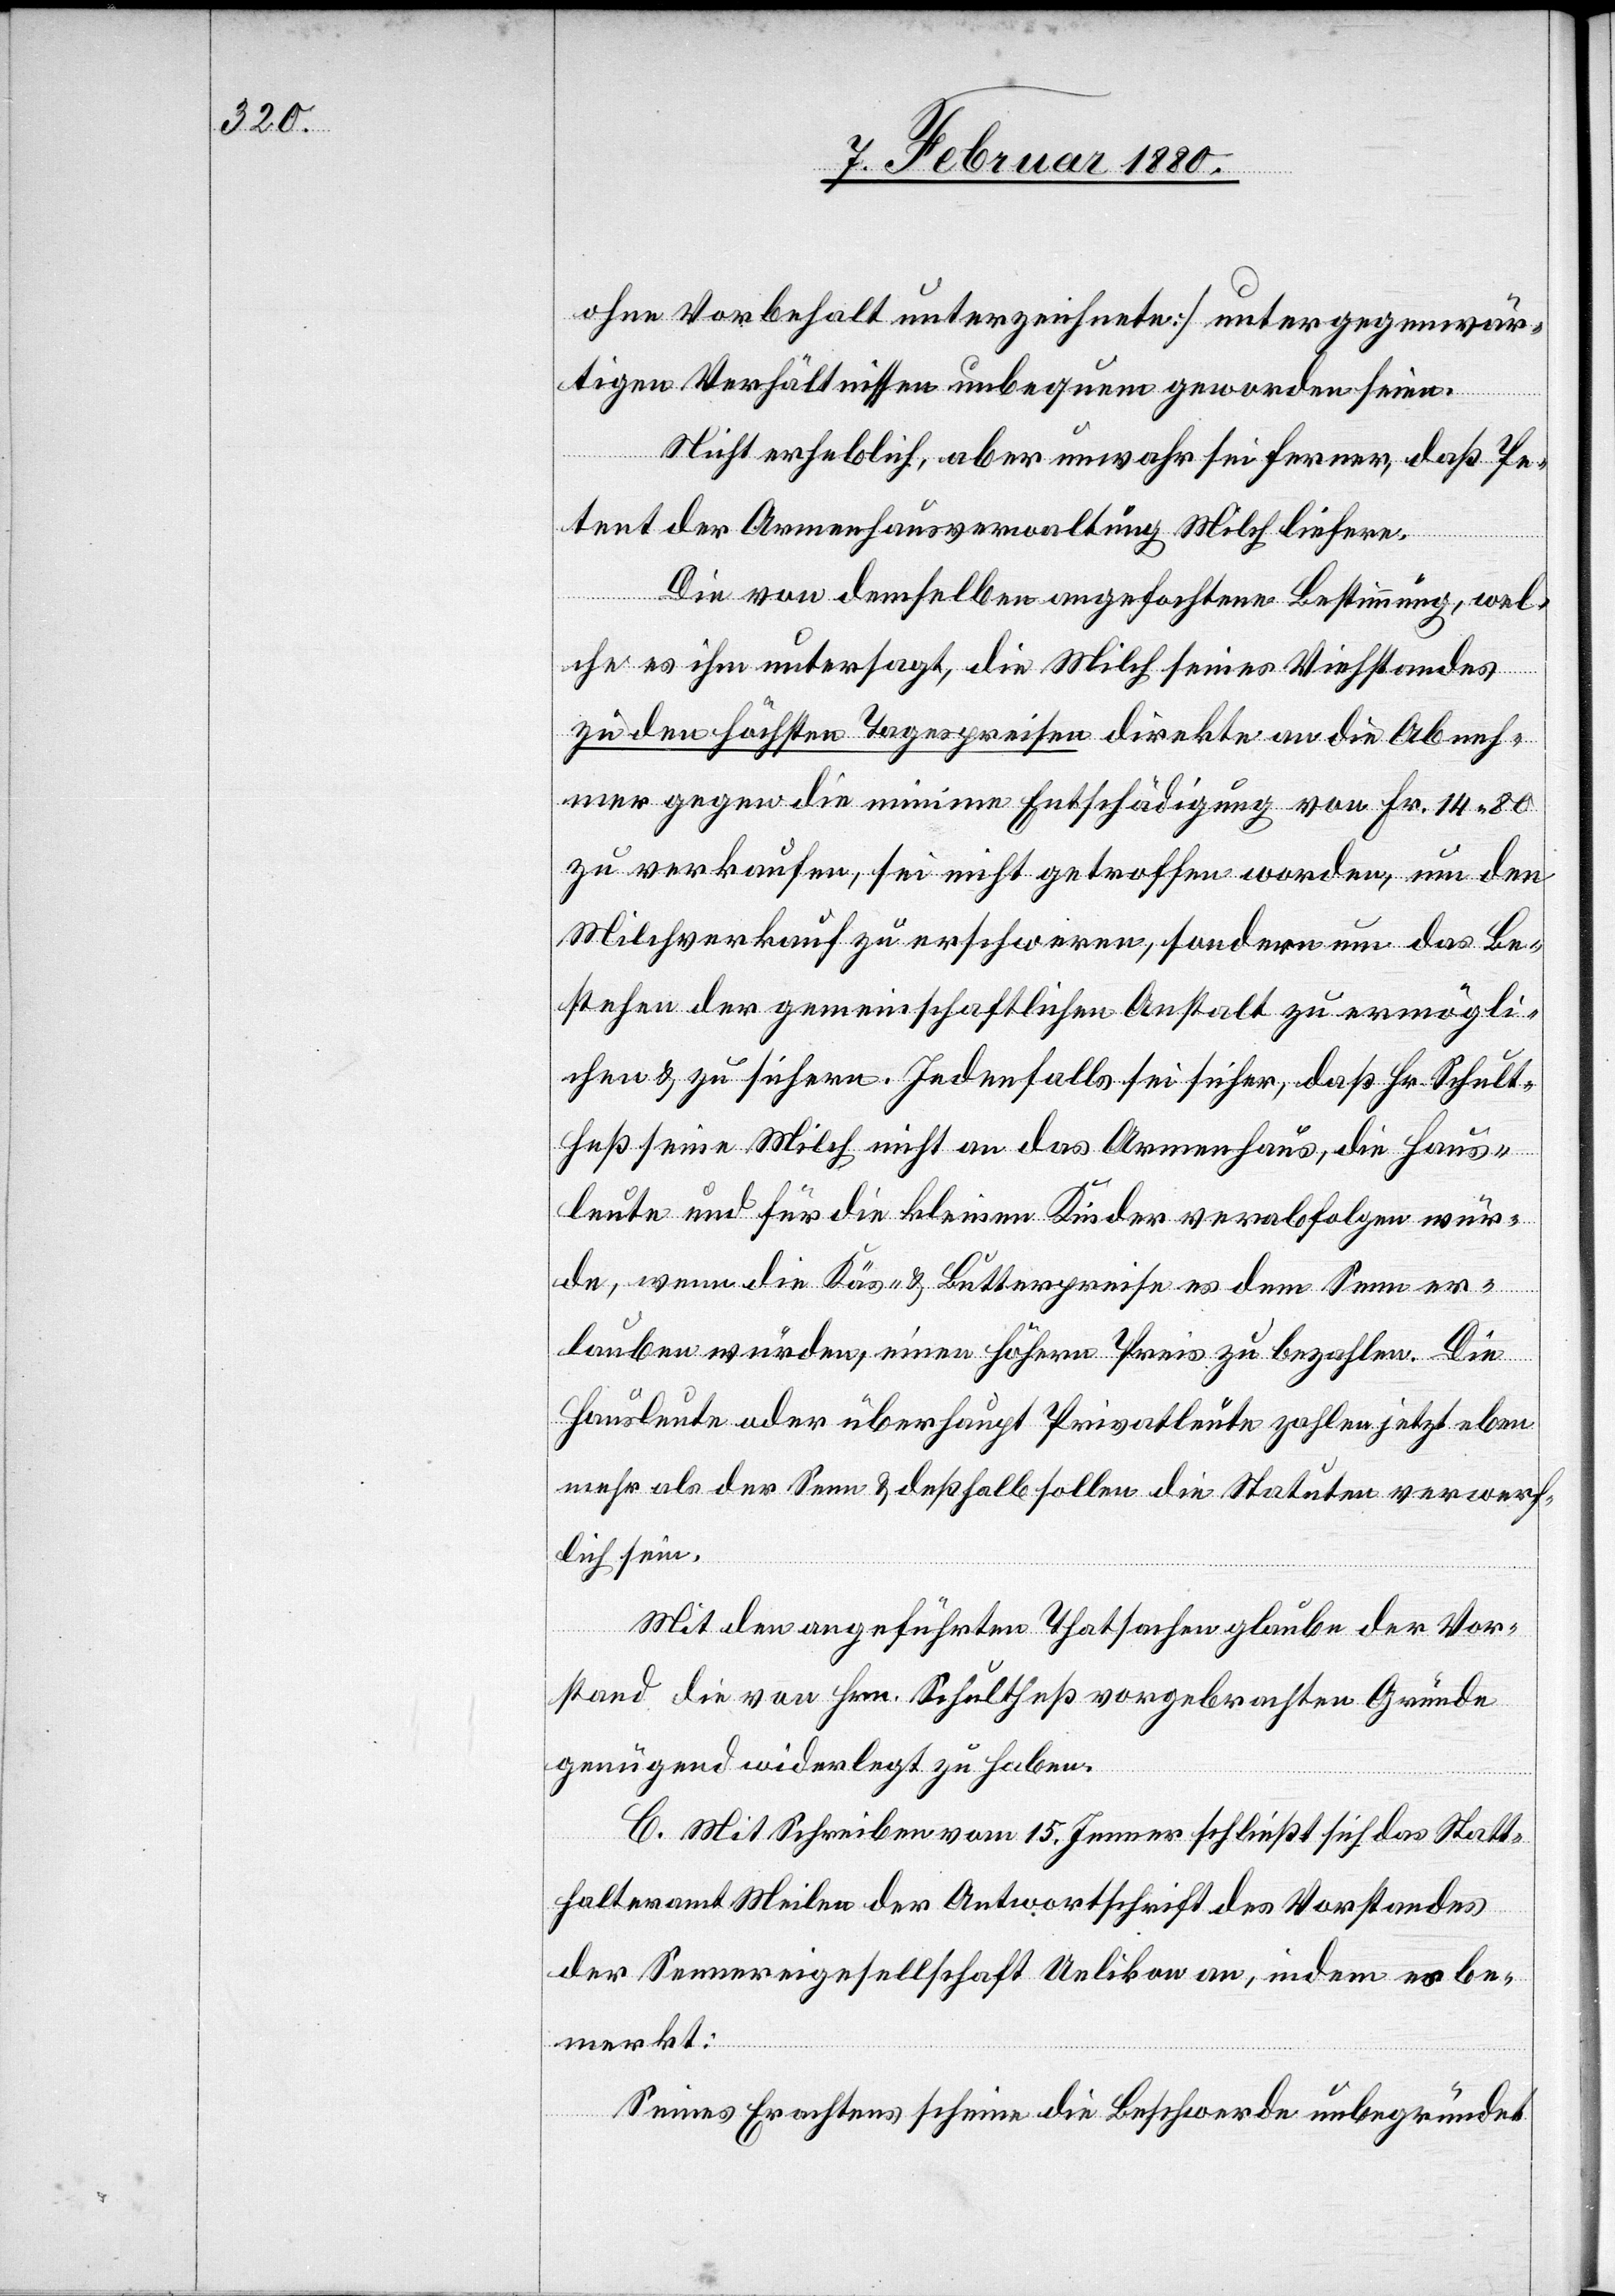
ohne Vorbehalt unterzeichnete] unter gegenwär¬
tigen Verhältnissen unbequem geworden seien.
Nicht erheblich, aber unwahr sei ferner, daß Pe¬
tent der Armenhausverwaltung Milch liefere.
Die von demselben angefochtene Bestimmung, wel¬
che es ihm untersagt, die Milch seines Viehstandes
zu den höchsten Tagespreisen direkte an die Abneh¬
mer gegen die minime Entschädigung von Fr. 14.80
zu verkaufen, sei nicht getroffen worden, um den
Milchverkauf zu erschweren, sondern um das Be¬
stehen der gemeinschaftlichen Anstalt zu ermögli¬
chen & zu sichern. Jedenfalls sei sicher, daß Hr. Schult¬
heß seine Milch nicht an das Armenhaus, die Haus¬
leute und für die kleinen Kinder verabfolgen wür¬
de, wenn die Käs- & Butterpreise es dem Senn er¬
lauben würden, einen höhern Preis zu bezahlen. Die
Hausleute oder überhaupt Privatleute zahlen jetzt eben
mehr als der Senn & deßhalb sollen die Statuten verwerf¬
lich sein.
Mit den angeführten Thatsachen glaube der Vor¬
stand die von Hrn. Schultheß vorgebrachten Gründe
genügend widerlegt zu haben.
C. Mit Schreiben vom 15. Jenner schließt sich das Statt¬
halteramt Meilen der Antwortschrift des Vorstandes
der Sennereigesellschaft Uelikon an, indem es be¬
merkt:
Seines Erachtens scheine die Beschwerde unbegründet